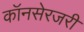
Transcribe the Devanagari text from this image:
कॉनसेरजरी